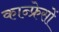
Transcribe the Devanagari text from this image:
कान्फ्रेसों